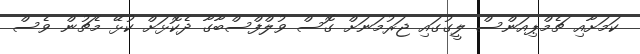
ކަމަށާއި ޗެމްޕިއަންސް ލީގުގައި ޖަރުމަނަށް ގޮސް ވުލްފްސްބާގާ ދެކޮޅަށް ކުޅޭ މެޗުން ވެސް